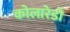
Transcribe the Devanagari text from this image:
कोलारेडो